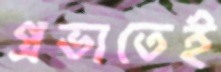
প্রভাতেই